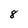
Character: 8